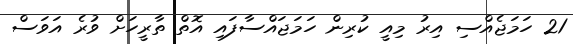
21 ހަމަޖެއްސި އިރު މިއީ ކުރިން ހަމަޖައްސާފައި އޮތް ތާރީހަށް ވުރެ އަވަސް